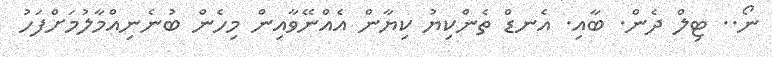
ނޯ.. ޓިލް ދެން. ބާއި. އެނޑް ތެންކިޔު ކިޔާން އެއްނޭވާއިން މިހެން ބުނެނިއްމާލުމަށްފަހު